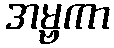
အမ္ဗကာ